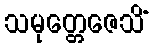
သမုတ္တေဇေသိံ